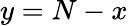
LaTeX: y=N-x